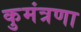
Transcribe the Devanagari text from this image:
कुमंत्रणा